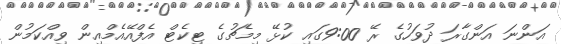
އަންނަ އަންގާރަ ދުވަހުގެ ރޭ 9:00ގައި ކުޅޭ މިމެޗުގެ ޓިކެޓް އެފްއޭއެމްއިން ވިއްކަމުން